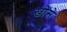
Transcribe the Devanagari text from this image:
खोसे